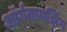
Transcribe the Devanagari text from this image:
ऑर्गनायझिंग